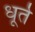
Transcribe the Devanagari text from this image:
धूर्ते